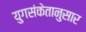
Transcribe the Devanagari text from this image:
युगसंकेतानुसार